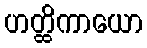
ဟတ္ထိကာယော